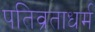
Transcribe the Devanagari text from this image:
पतिव्रताधर्म